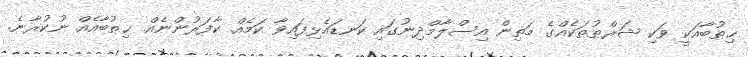
ޚިޠުބާއަކީ ވަކި ޝަރްޠުތަކެއްގެ މަތިން އިސްލާމްދިނުގައި ކަނޑައެޅިފައިވާ ކަމެއް. ކާފަރުންނެއް ޚިޠުބާއެއް ނުކުރާނެ.